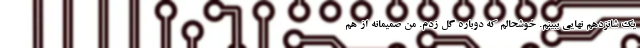
یک شانزدهم نهایی ببینم. خوشحالم که دوباره گل زدم. من صمیمانه از هم